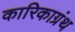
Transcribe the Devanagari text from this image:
कारिकाग्रंथ